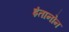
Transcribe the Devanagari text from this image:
इंतानोन